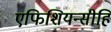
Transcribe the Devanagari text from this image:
एफिशियन्सीहि